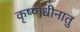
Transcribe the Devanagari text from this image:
कृष्णधीनातु